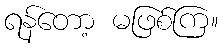
ရန်တော့ မဖြစ်ကြ။